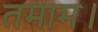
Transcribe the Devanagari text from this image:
तमाम।